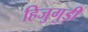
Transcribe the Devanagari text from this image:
हिजुगुड़ी